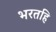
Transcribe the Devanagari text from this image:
भरतहि